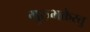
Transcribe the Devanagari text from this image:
गुरुभक्तेस्तु